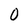
Character: 0